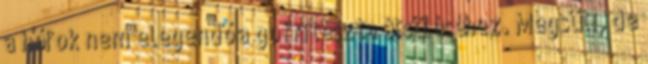
a hőfok nem elegendő a gofritészta átsüléséhez. Megsüti, de